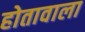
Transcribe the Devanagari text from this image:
होतावाला